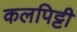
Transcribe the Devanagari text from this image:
कलपिट्टी